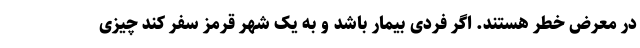
در معرض خطر هستند. اگر فردی بیمار باشد و به یک شهر قرمز سفر کند چیزی